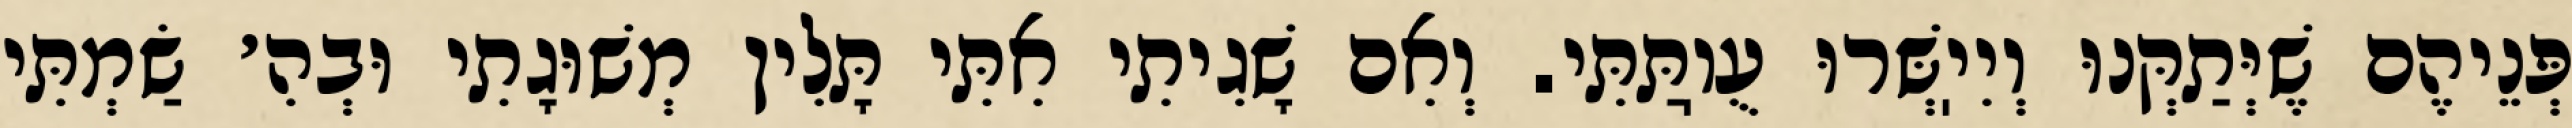
פְּנֵיהֶם שֶׁיְּתַקְּנוּ וְיִיֽשְּׁרוּ עֻוֽתַּתִּי. וְאִם שָׁגִיתִי אִתִּי תָּלִין מְשׁוּגָתִי וּבְהִ׳ שַׂמְתִּי